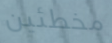
مخطئين